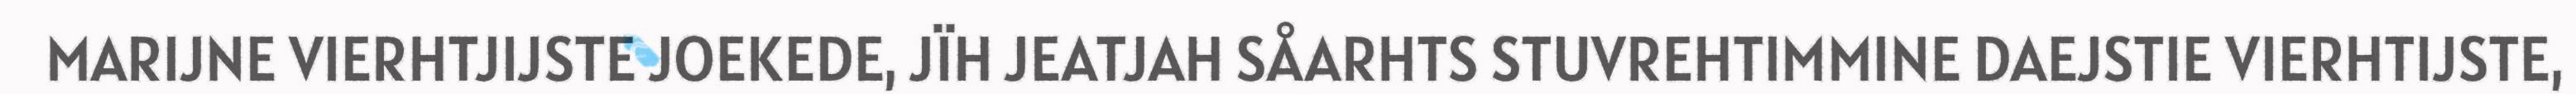
MARIJNE VIERHTJIJSTE JOEKEDE, JÏH JEATJAH SÅARHTS STUVREHTIMMINE DAEJSTIE VIERHTIJSTE,